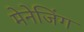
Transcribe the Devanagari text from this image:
मेनेजिंग